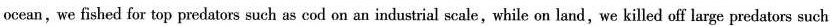
ocean,we fished for top predators such as cod on an industrial scale, while on land, we killed off large predators such